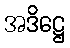
အဒိဋ္ဌေ